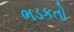
ભડકતો